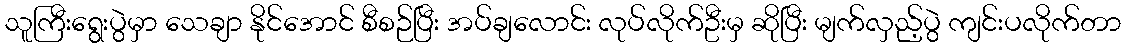
သူကြီးရွေးပွဲမှာ သေချာ နိုင်အောင် စီစဉ်ပြီး အပ်ချလောင်း လုပ်လိုက်ဦးမှ ဆိုပြီး မျက်လှည့်ပွဲ ကျင်းပလိုက်တာ